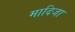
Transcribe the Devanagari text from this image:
मादिजा